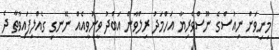
މިނިވަން ނިއުސްގެ ނޫސްވެރިޔާ އަހްމަދު ރިލްވާން އަބްދު ވީނުވީއެއް ނޭނގި ގެއްލިފައިވާތާ ދެ